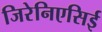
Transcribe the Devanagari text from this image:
जिरेनिएसिई